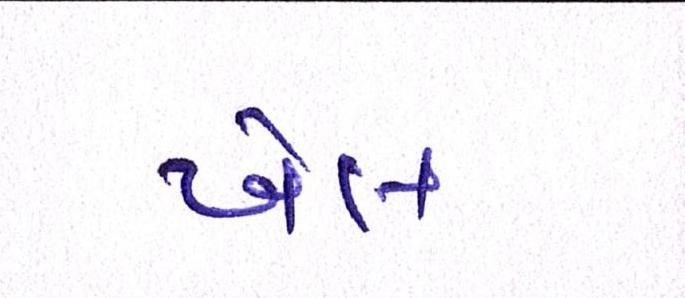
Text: ખેલ